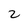
Character: 2